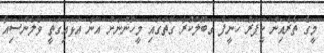
މީގެ ތެރެއިން ކީޕަރު ހަނީފް ގަބޫލުކުރާ ގޮތުގައި މީހުންނަށް އޭނާ އަޅައިގަތީ ވެލެންސިއާ